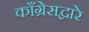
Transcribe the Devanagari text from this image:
काँग्रेसद्वारे